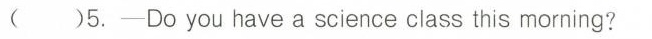
()5.—Do you have a science class this morning?